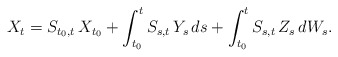
\begin{align*} X_t= S_{ t_0, t } \, X_{ t_0 } + \int_{ t_0 }^t S_{ s, t } \, Y_s \, ds + \int_{ t_0 }^t S_{ s, t } \, Z_s \, dW_s .\end{align*}